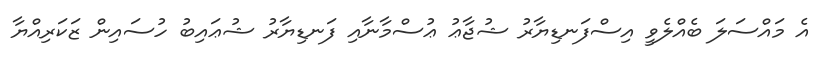
އެ މައްސަލަ ބެއްލެވީ އިސްފަނޑިޔާރު ޝުޖާޢު ޢުސްމާނާއި ފަނޑިޔާރު ޝުޢައިބު ހުސައިން ޒަކަރިއްޔާ